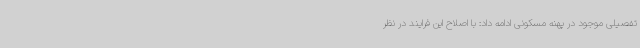
تفصیلی موجود در پهنه مسکونی ادامه داد: با اصلاح این فرایند در نظر